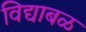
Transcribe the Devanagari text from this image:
विद्याबळ